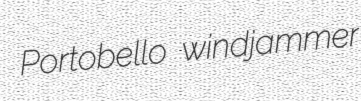
Portobello windjammer